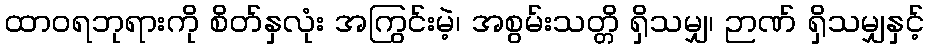
ထာဝရဘုရားကို စိတ်နှလုံး အကြွင်းမဲ့၊ အစွမ်းသတ္တိ ရှိသမျှ၊ ဉာဏ် ရှိသမျှနှင့်